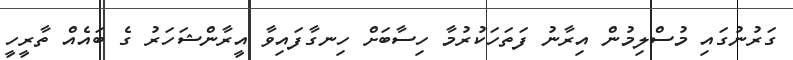
ގަރުނުގައި މުސްލިމުން އިރާނު ފަތަހަކުރުމާ ހިސާބަށް ހިނގާފައިވާ އީރާންޝަހަރު ގެ ބައެއް ތާރީހީ